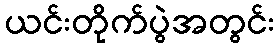
ယင်းတိုက်ပွဲအတွင်း